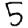
Digit: 5